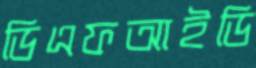
ডিএফআইডি